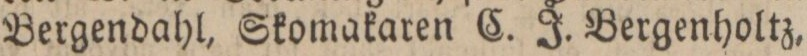
Bergendahl, Skomakaren C. J. Bergenholtz,